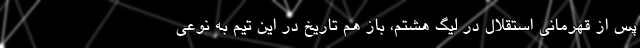
پس از قهرمانی استقلال در لیگ هشتم، باز هم تاریخ در این تیم به نوعی